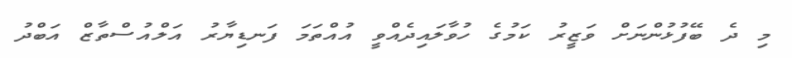
މި ދެ ބޭފުޅުންނަށް ވަޒީރު ކަމުގެ ހުވާލައިދެއްވީ އުއްތަމަ ފަނޑިޔާރު އަލްއުސްތާޒް އަބްދު